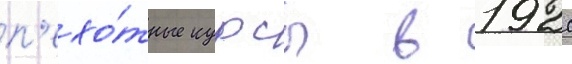
п'ехо́тные курсы в 1920